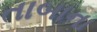
તાબાના